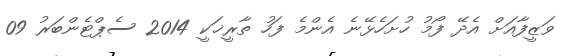
ވަޒީފާއަށް އެދޭ ފޯމު ހުށަހެޅޭނެ އެންމެ ފަހު ތާރީޚަކީ 2014 ސެޕްޓެންބަރު 09